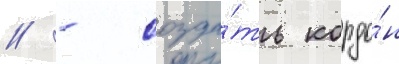
/ - созда́ть кордо́н